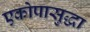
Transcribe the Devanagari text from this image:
एकोपासुद्धा